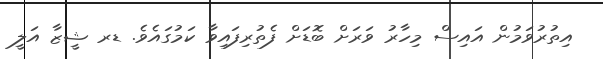
އިތުރުވަމުން އައިސް މިހާރު ވަރަށް ބޮޑަށް ފެތުރިފައިވާ ކަމުގައެވެ. ޑރ ޝީޒާ އަލީ